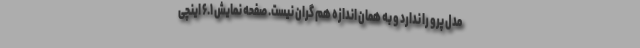
مدل پرو را ندارد و به همان اندازه هم گران نیست. صفحه نمایش ۶.۱ اینچی